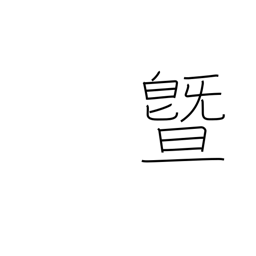
Meaning: and